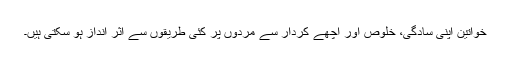
خواتین اپنی سادگی، خلوص اور اچھے کردار سے مردوں پر کئی طریقوں سے اثر انداز ہو سکتی ہیں۔